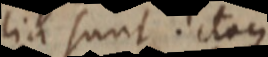
lia sunt. itaque